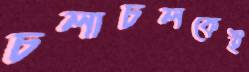
চলাচলকেই